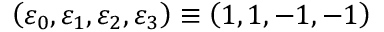
\left( \varepsilon _ { 0 } , \varepsilon _ { 1 } , \varepsilon _ { 2 } , \varepsilon _ { 3 } \right) \equiv \left( 1 , 1 , - 1 , - 1 \right)